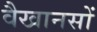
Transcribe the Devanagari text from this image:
वैखानसों